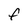
Character: F